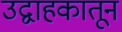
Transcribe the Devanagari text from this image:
उद्वाहकातून